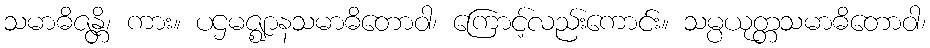
သမာဓိဇန္တိ၊ ကား။ ပဌမဇ္ဈာနသမာဓိတောဝါ၊ ကြောင့်လည်းကောင်း။ သမ္ပယုတ္တသမာဓိတောဝါ၊